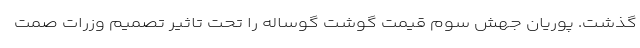
گذشت. پوریان جهش سوم قیمت گوشت گوساله را تحت تاثیر تصمیم وزرات صمت